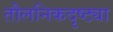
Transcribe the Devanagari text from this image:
तौलनिकदृष्ट्या